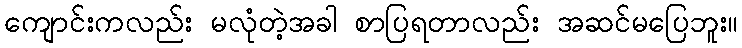
ကျောင်းကလည်း မလုံတဲ့အခါ စာပြရတာလည်း အဆင်မပြေဘူး။